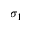
\sigma _ { 1 }